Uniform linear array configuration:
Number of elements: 64
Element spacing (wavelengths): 0.25
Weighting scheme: cosine
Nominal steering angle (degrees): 60
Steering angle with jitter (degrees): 58.077
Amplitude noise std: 0.05
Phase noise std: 0.05

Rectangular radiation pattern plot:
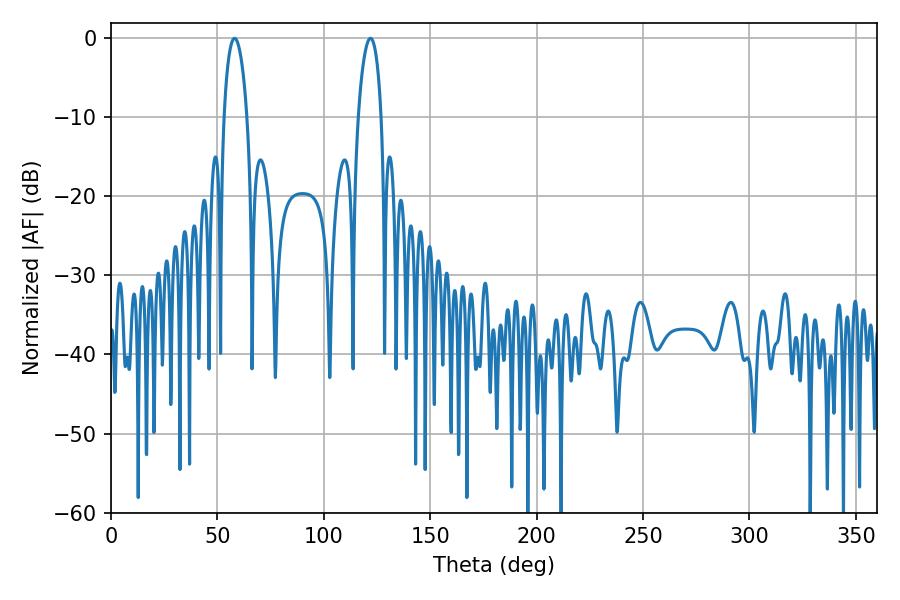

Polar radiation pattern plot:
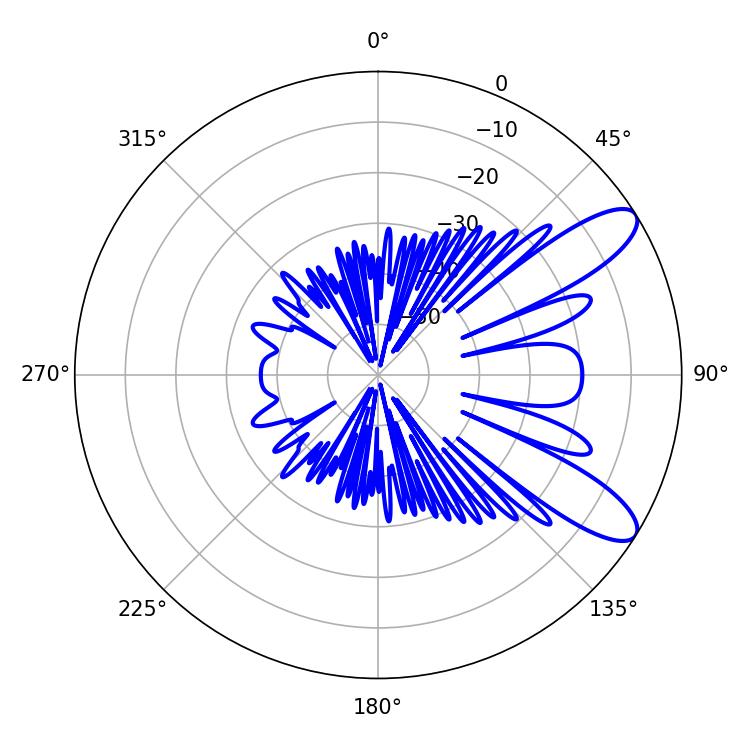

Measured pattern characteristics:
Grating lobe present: FALSE
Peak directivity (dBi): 9.925
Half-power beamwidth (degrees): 6.12
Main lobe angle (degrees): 58.14